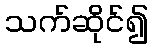
သက်ဆိုင်၍